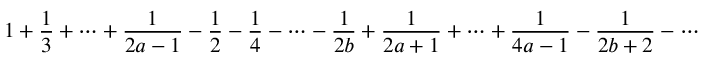
{ 1 } + { \frac { 1 } { 3 } } + \cdots + { \frac { 1 } { 2 a - 1 } } - { \frac { 1 } { 2 } } - { \frac { 1 } { 4 } } - \cdots - { \frac { 1 } { 2 b } } + { \frac { 1 } { 2 a + 1 } } + \cdots + { \frac { 1 } { 4 a - 1 } } - { \frac { 1 } { 2 b + 2 } } - \cdots